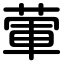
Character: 葷